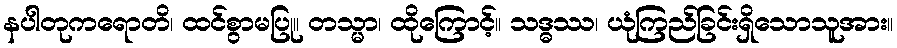
နပါတုကရောတိ၊ ထင်စွာမပြု။ တသ္မာ၊ ထိုကြောင့်။ သဒ္ဓဿ၊ ယုံကြည်ခြင်းရှိသောသူအား။